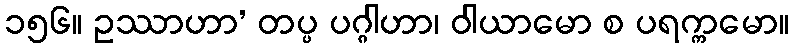
၁၅၆။ ဥဿာဟာ’ တပ္ပ ပဂ္ဂါဟာ၊ ဝါယာမော စ ပရက္ကမော။